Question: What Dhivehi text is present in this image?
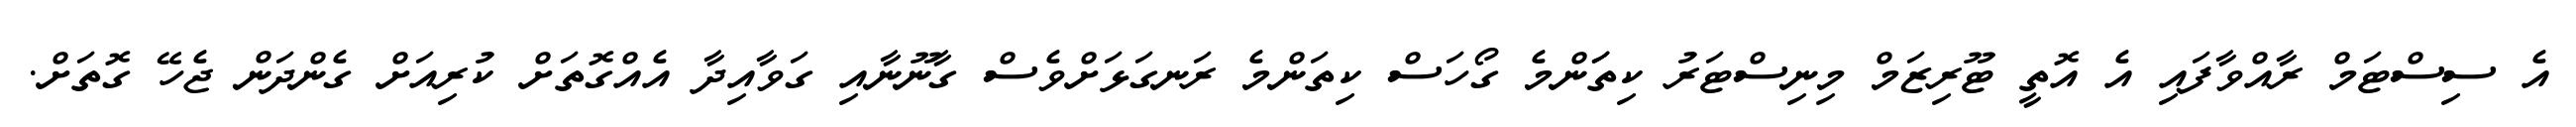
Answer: އެ ސިސްޓަމް ރާއްވާފައި އެ އޮތީ ޓޫރިޒަމް މިނިސްޓަރު ކިތަަންމެ ގޯހަސް ކިތަންމެ ރަނގަޅަށްވެސް ގާނޫނާއި ގަވާއިދާ އެއްގޮތަށް ކުރިއަށް ގެންދަން ޖެހޭ ގޮތަށް.